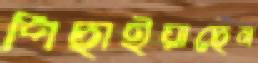
পিছাইয়াছেন